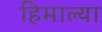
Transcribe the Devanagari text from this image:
हिमाल्या